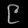
Digit: ၉